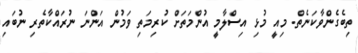
ތިބެގެންވާކަނެތް. މިއީ މުޅި އިސްލާމީ އުންމަތަށް ކުރިމަތި ވަމުން އަންނަ ނުރައްކާތެރި ނުބައި